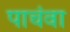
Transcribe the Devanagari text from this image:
पाचंवा